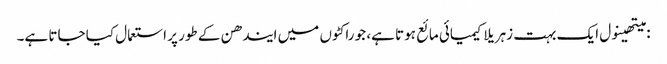
: میتھینول ایک بہت زہریلا کیمیائی مائع ہوتا ہے، جو راکٹوں میں ایندھن کے طور پر استعمال کیا جاتا ہے۔